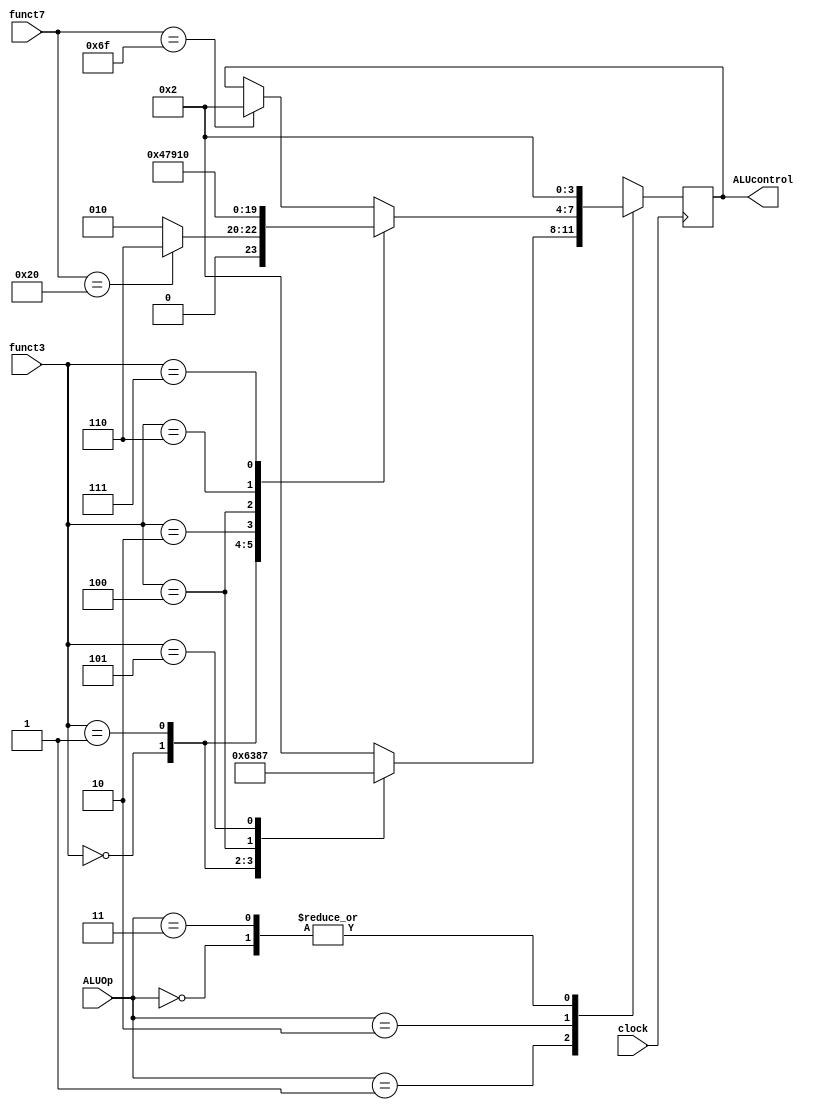
`timescale 1ns / 1ps

module alu_control(
  input clock,
  input [1:0] ALUOp,
  input [6:0] funct7,
  input [2:0] funct3,
  output reg [3:0] ALUcontrol
);

  always @(negedge clock) begin
    case (ALUOp) 
      2'b00: // add
        ALUcontrol = 4'b0010;
      2'b01: begin
        case (funct3)
          3'b000: // beq sub
            ALUcontrol = 4'b0110;
          3'b001: // bne
            ALUcontrol = 4'b0011;
          3'b100: // blt
            ALUcontrol = 4'b1000;
          3'b101: // bge
            ALUcontrol = 4'b0111;
          default: // ADD
            ALUcontrol = 4'b0010;
        endcase
      end
      2'b10: begin
        case (funct3)
          3'b000: begin // add
            case (funct7)
              7'b0000000: // add
                ALUcontrol = 4'b0010;
              7'b0100000: // sub
                ALUcontrol = 4'b0110;
              default: // add
                ALUcontrol = 4'b0010;
            endcase 
          end
          3'b001: // sll
            ALUcontrol = 4'b0100;
          3'b010: // slt
            ALUcontrol = 4'b0111;
          3'b100: // or
            ALUcontrol = 4'b1001;
          3'b110: // or
            ALUcontrol = 4'b0001;
          3'b111: // and
            ALUcontrol = 4'b0000;
          default: begin
            case (funct7)
              7'b1101111: // add
                ALUcontrol = 4'b0010;
              default:
                ALUcontrol = ALUcontrol;
            endcase
          end
        endcase
      end
      2'b11: // ADD
        ALUcontrol = 4'b0010;
    endcase
    
    $display("ALUcontrol: 0x%H", ALUcontrol);
  end

endmodule